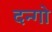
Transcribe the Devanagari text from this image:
दन्गो